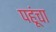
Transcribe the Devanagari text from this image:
पहूंचा